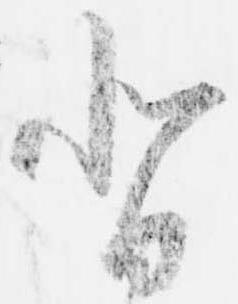
背